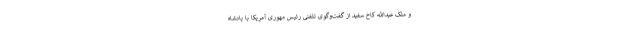
و ملک عبدالله کاخ سفید از گفت‌و‌گوی تلفنی رئیس ‌مهوری آمریکا با پادشاه